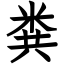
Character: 粪